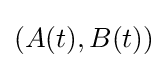
(A(t),B(t))